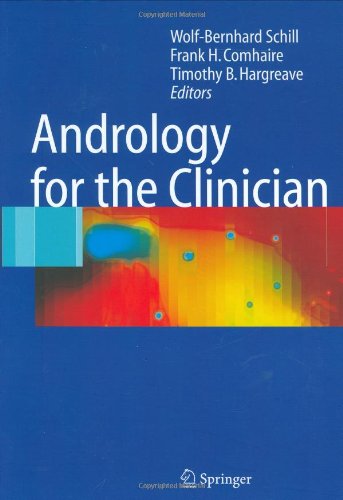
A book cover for Andrology for the Clinician; Health, Fitness & Dieting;